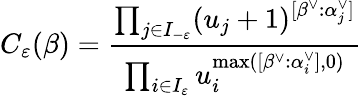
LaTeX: C_{\varepsilon}(\beta)=\frac{\prod_{j\in I_{-\varepsilon}}(u_{j}+1)^{[\beta^{\vee}:\alpha_{j}^{\vee}]}}{\prod_{i\in I_{\varepsilon}}u_{i}^{\operatorname*{max}([\beta^{\vee}:\alpha_{i}^{\vee}],0)}}